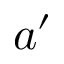
a ^ { \prime }